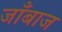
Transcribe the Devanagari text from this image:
जाँबाज